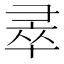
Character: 𭛐